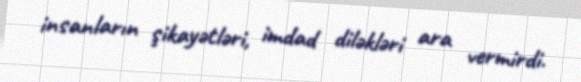
insanların şikayətləri, imdad diləkləri ara vermirdi.